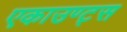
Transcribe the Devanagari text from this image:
एकाउण्‍ट्स